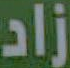
زاد